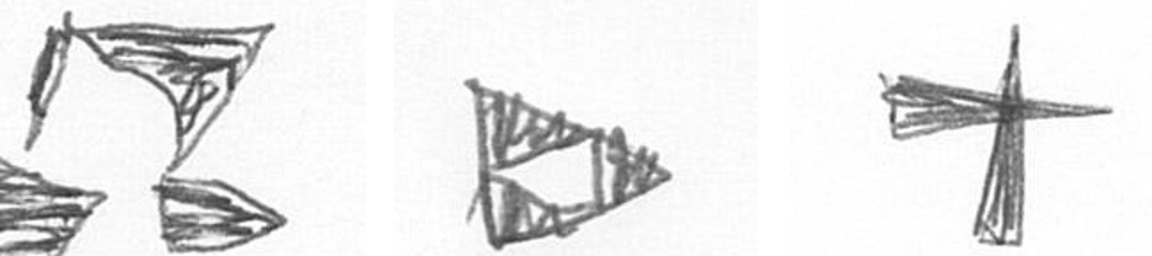
B K G